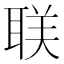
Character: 𬚛